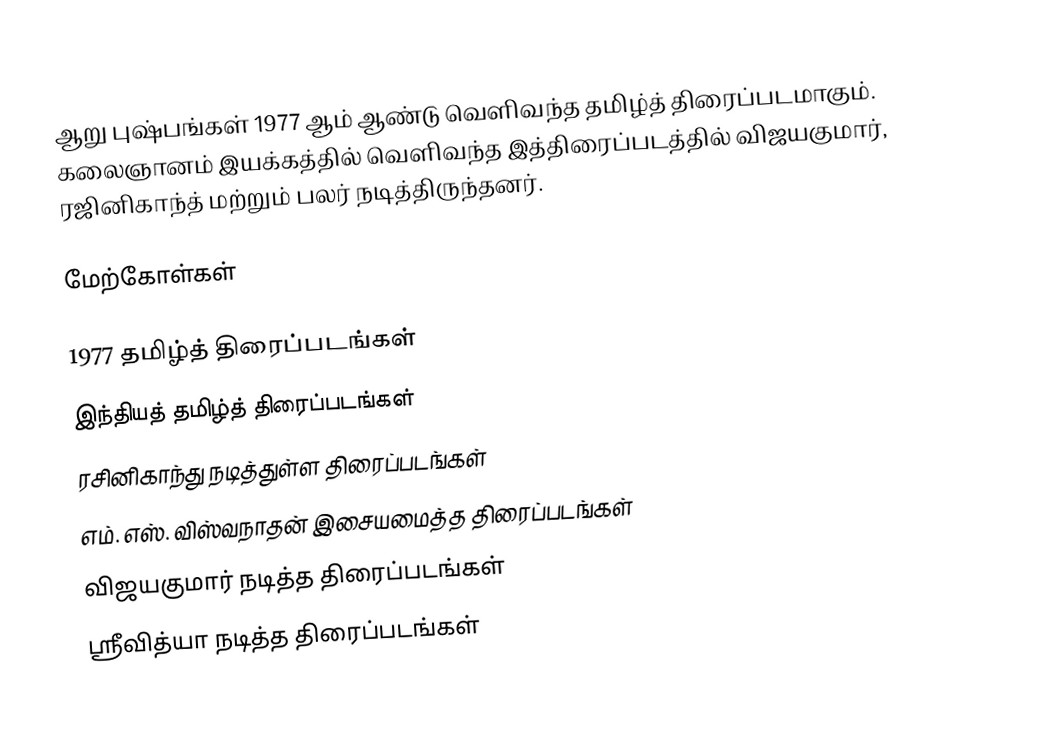
ஆறு புஷ்பங்கள் 1977 ஆம் ஆண்டு வெளிவந்த தமிழ்த் திரைப்படமாகும். கலைஞானம் இயக்கத்தில் வெளிவந்த இத்திரைப்படத்தில் விஜயகுமார், ரஜினிகாந்த் மற்றும் பலர் நடித்திருந்தனர்.

மேற்கோள்கள்

1977 தமிழ்த் திரைப்படங்கள்
இந்தியத் தமிழ்த் திரைப்படங்கள்
ரசினிகாந்து நடித்துள்ள திரைப்படங்கள்
எம். எஸ். விஸ்வநாதன் இசையமைத்த திரைப்படங்கள்
விஜயகுமார் நடித்த திரைப்படங்கள்
ஸ்ரீவித்யா நடித்த திரைப்படங்கள்